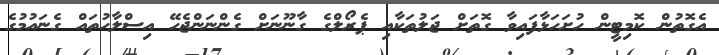
އެގޮތުން ކޮމިޓީން ހުށަހަޅާފައިވާ ގޮތަށް ޖަލުތަކާއި ޕެރޯލްގެ ގާނޫނަށް ގެންނަންޖެހޭ އިސްލާހުތައް ގެނައުމުގެ